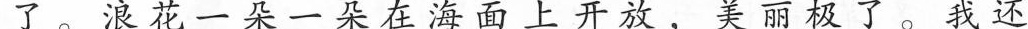
了。浪花一朵一朵在海面上开放，美丽极了 我还